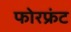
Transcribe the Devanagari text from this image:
फोरफ्रंट